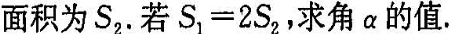
的面积为S_{2}.若$$S_{1} = 2 S_{2}$$，求角α的值.